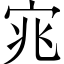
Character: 宨